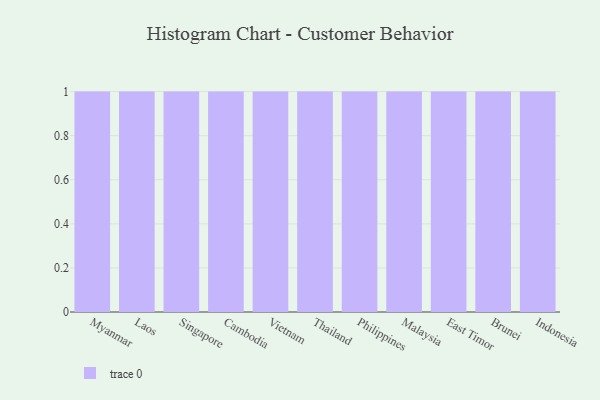
{"axis": {"x": "Country", "y": "Website Visitors"}, "legend": [""], "data": [{"x": "Myanmar", "y": 98, "type": ""}, {"x": "Laos", "y": 19, "type": ""}, {"x": "Singapore", "y": 6, "type": ""}, {"x": "Cambodia", "y": 6, "type": ""}, {"x": "Vietnam", "y": 25, "type": ""}, {"x": "Thailand", "y": 76, "type": ""}, {"x": "Philippines", "y": 9, "type": ""}, {"x": "Malaysia", "y": 74, "type": ""}, {"x": "East Timor", "y": 77, "type": ""}, {"x": "Brunei", "y": 99, "type": ""}, {"x": "Indonesia", "y": 50, "type": ""}]}